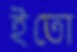
ইতো